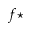
f \star